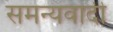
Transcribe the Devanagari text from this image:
समन्यवादी